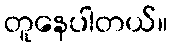
တူနေပါတယ်။